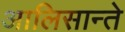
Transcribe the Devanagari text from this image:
आलिसान्ते